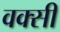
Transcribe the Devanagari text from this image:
वक्सी